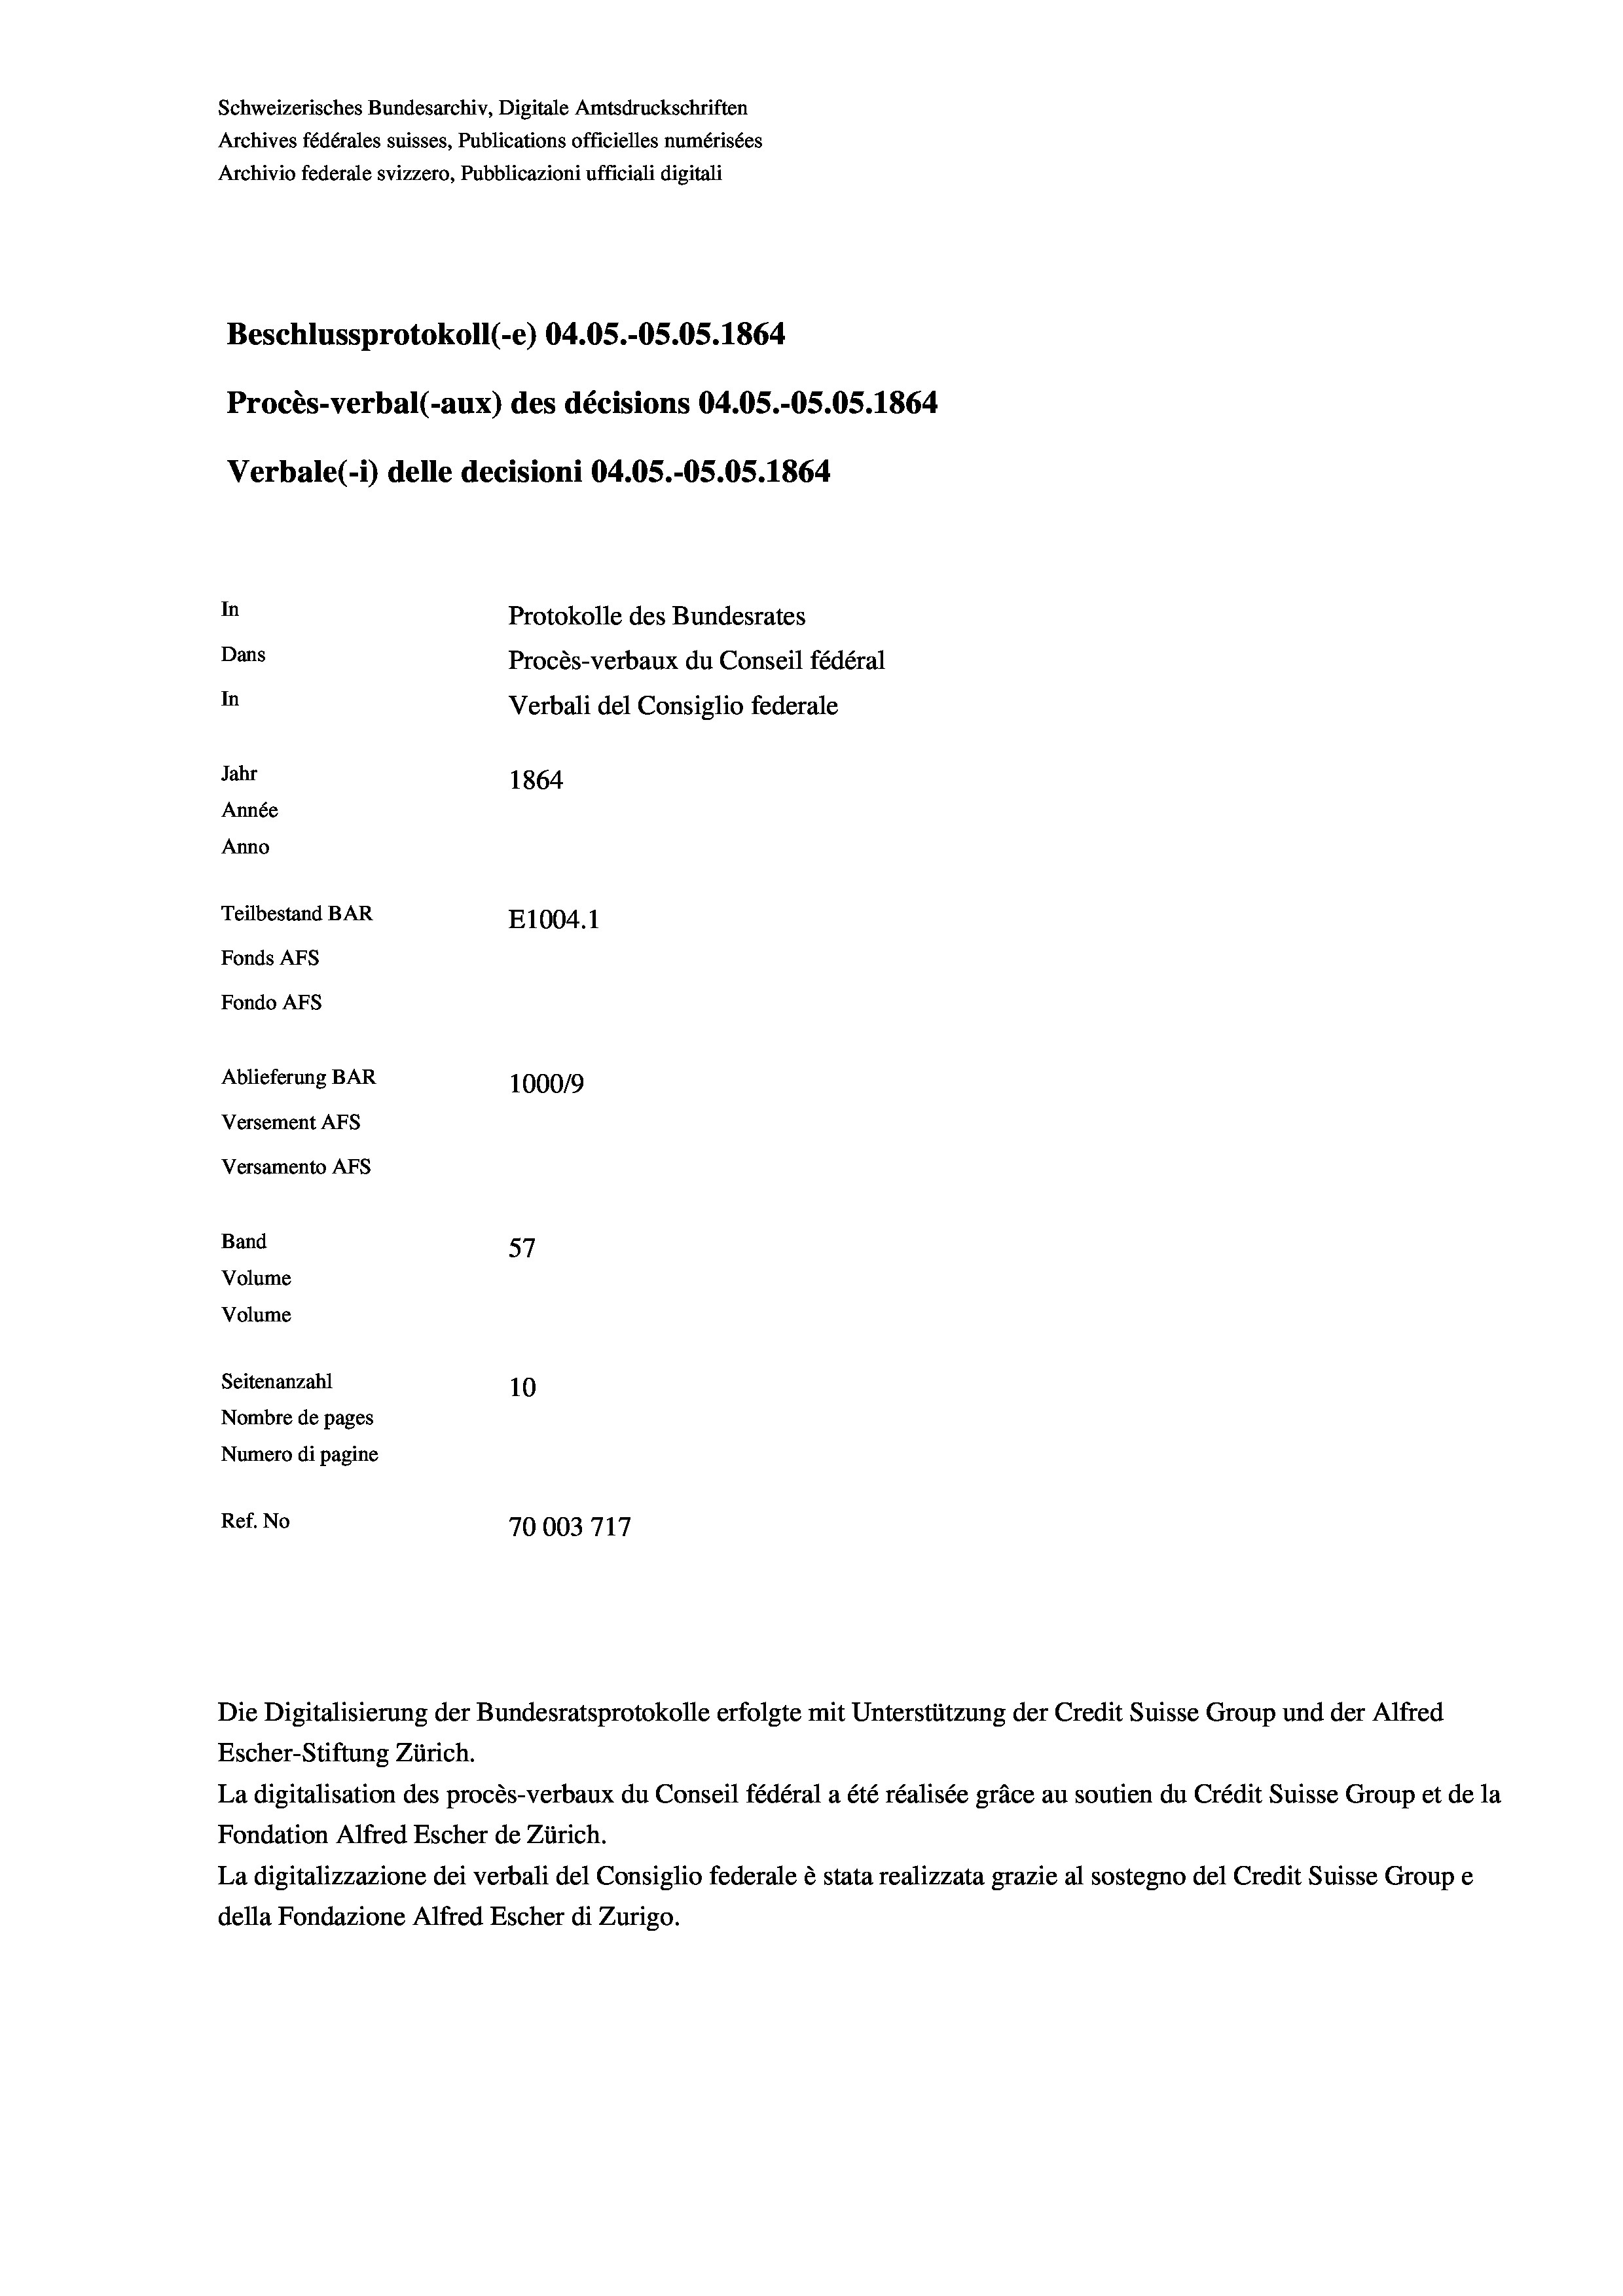
Schweizerisches Bundesarchiv, Digitale Amtsdruckschriften
Archives fédérales suisses, Publications officielles numérisées
Archivio federale svizzero, Pubblicazioni ufficiali digitali
Beschlussprotokoll (-e) 04.05.-OS.05. 1864
Procès-verbal (-aux) des décisions 04.05.-OS.OS. 1864
Verbale(-*) delle decisioni 04.05.-OS.05. 1864
In
Protokolle des Bundesrates
Dans
Procès-verbaux du Conseil fédéral
In
Verbali del Consiglio federale
Jahr
1864
Année
Anno
Teilbestand BAR
E1004.1
Fonds AFs
Fondo Afs
Ablieferung BAR
100019
Versement AFs

Versamento AFs
Band
Volume
Volume
Seitenanzahl

f
57
10
Nombre de pages
Numero di pagine
Ref. No
70003717

Escher-Stiftung Zürich.
La digitalisation des procès-verbaux du Conseil fédéral a été réalisée gräce au soutien du Crédit Suisse Group et de la
Fondation Alfred Escher de Zürich.
La digitalizzazione dei verbali del Consiglio federale è stata realizzata grazie al sostegno del Credit Suisse Groupe
della Fondazione Alfred Escher di Zurigo.

Die Digitalisierung der Bundesratsprotokolle erfolgte mit Unterstützung der Credit Suisse Group und der Alfred